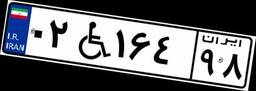
۰۲W۱۶۴۹۸